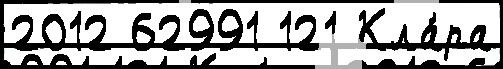
2012 62991 121 Кла́ра